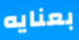
بعنايه